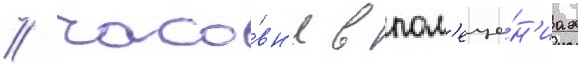
/ часо́вн'я в пом'еще́н'иах